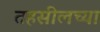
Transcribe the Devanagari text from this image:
तहसीलच्या